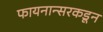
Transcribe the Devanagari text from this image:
फायनान्सरकडून